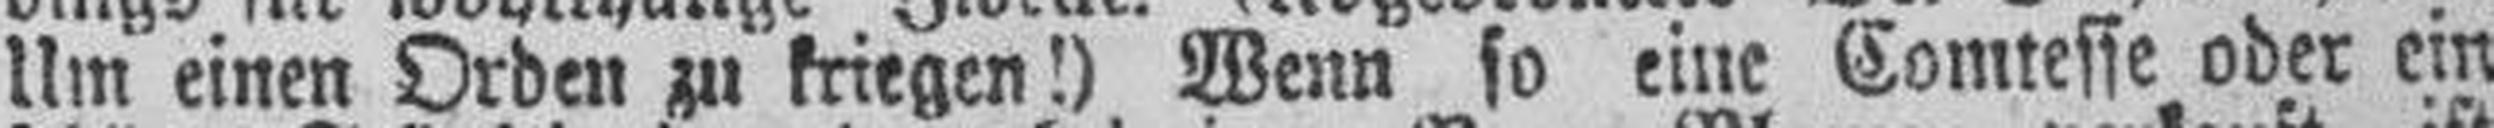
Um einen Orden zu kriegen!) Wenn so eine Comtesse oder ein